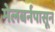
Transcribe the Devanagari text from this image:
मेलबर्नपासून